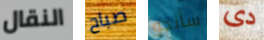
النقال صباح سأنجو دى